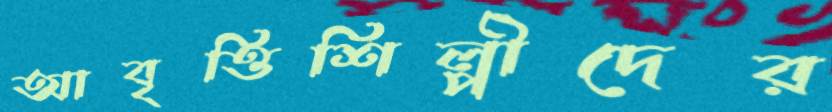
আবৃত্তিশিল্পীদের